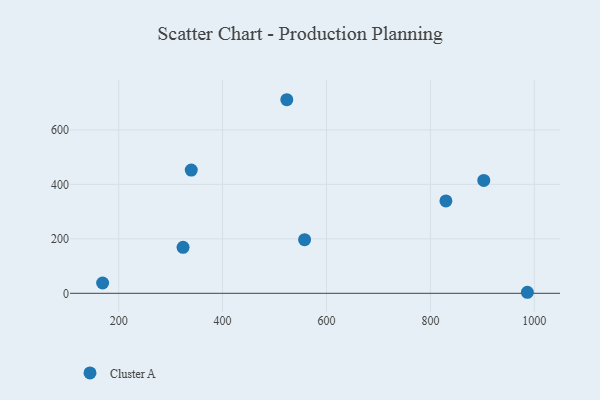
{"axis": {"x": "Investment", "y": "Profit"}, "legend": ["Cluster A"], "data": [{"x": "523.6", "y": 710.8, "type": "Cluster A"}, {"x": "557.8", "y": 197.1, "type": "Cluster A"}, {"x": "339.7", "y": 452.6, "type": "Cluster A"}, {"x": "829.8", "y": 339.3, "type": "Cluster A"}, {"x": "986.6", "y": 3.8, "type": "Cluster A"}, {"x": "169.1", "y": 37.8, "type": "Cluster A"}, {"x": "902.7", "y": 414.4, "type": "Cluster A"}, {"x": "323.9", "y": 168.7, "type": "Cluster A"}]}